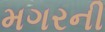
મગરની